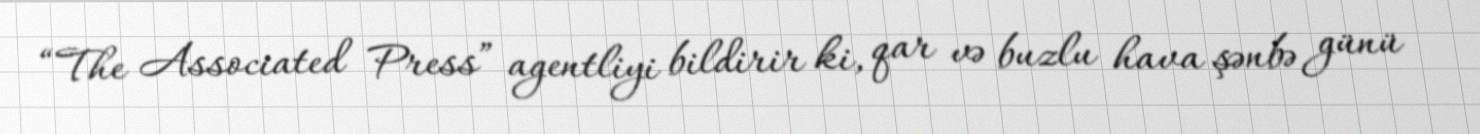
“The Associated Press” agentliyi bildirir ki, qar və buzlu hava şənbə günü